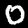
Digit: 0